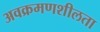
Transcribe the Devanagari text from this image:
अवक्रमणशीलता